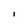
Character: I